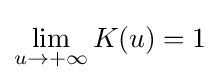
\lim _{u\to +\infty }K(u)=1